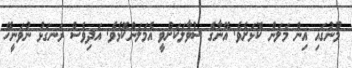
މޫނުގައި އިން މަލަން ކޮޅަށެވެ. އޭނާގެ ސުވާލަކަށްވީ އެމަލަންކޮޅެވެ. އަދިވެސް ރަނގަޅު ނުވަނީހޭ